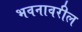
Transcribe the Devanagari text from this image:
भवनावरील